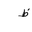
Letter: _za